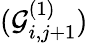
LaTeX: (\mathcal{G}_{i,j+1}^{(1)})